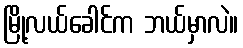
မြို့လယ်ခေါင်က ဘယ်မှာလဲ။